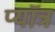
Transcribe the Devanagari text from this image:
प्यॉत्र